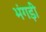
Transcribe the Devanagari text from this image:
भंगड़ी